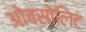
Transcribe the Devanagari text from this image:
ओबसोलिट